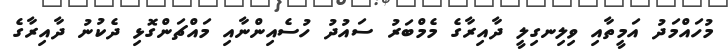
މުހައްމަދު އަމީތާއި ވިލިނގިލީ ދާއިރާގެ މެމްބަރު ސައުދު ހުސެއިންނާއި މައްޗަންގޮޅި ދެކުނު ދާއިރާގެ